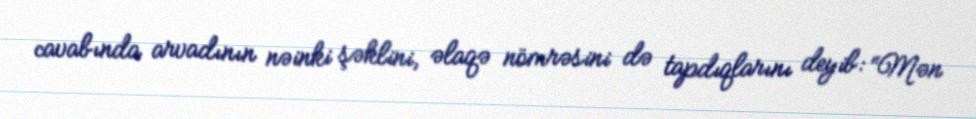
cavabında arvadının nəinki şəklini, əlaqə nömrəsini də tapdıqlarını deyib: “Mən